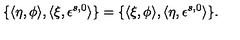
\{ \langle \eta , \phi \rangle , \langle \xi , \epsilon ^ { s , 0 } \rangle \} = \{ \langle \xi , \phi \rangle , \langle \eta , \epsilon ^ { s , 0 } \rangle \} .